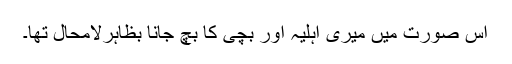
اس صورت میں میری اہلیہ اور بچی کا بچ جانا بظاہرلامحال تھا۔